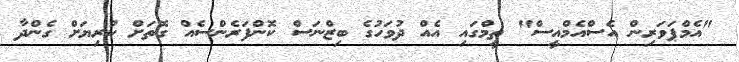
"އެމްޕަވަރިން އެސްއެމްއީސް" ތީމްގައި އެއް ދުވަހުގެ ބިޒްނަސް ކޮންފަރެންސެއް ގޮތަށް ކުރިޔަށް ގެންދާ